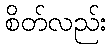
စိတ်လည်း